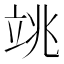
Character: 𥩼